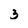
Character: 3